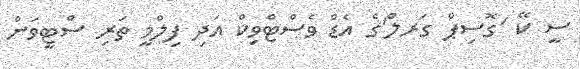
ސީ ކޭ 'ގޮސިޕް ގަރލް'ގެ އެޑް ވެސްޓްވިކް އަދި ފިލްމީ ތަރި ސްޓީވަން